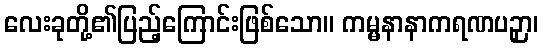
လေးခုတို့၏ပြည့်ကြောင်းဖြစ်သော။ ကမ္မနာနာကရဏပဉှာ၊